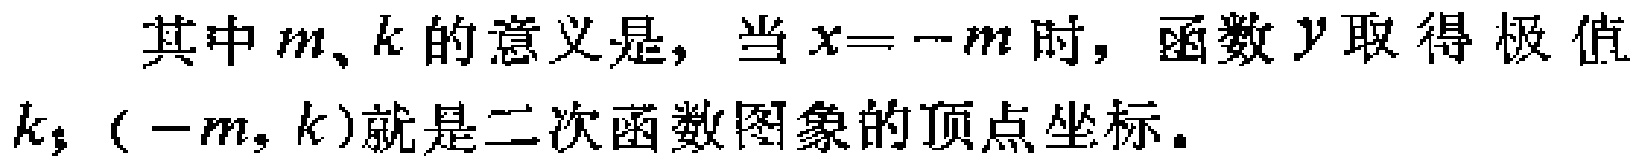
其中$m$、$k$的意义是，当$x = -m$时，函数$y$取得极值$k$；$(-m,k)$就是二次函数图象的顶点坐标。